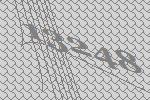
13248